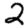
Digit: 2